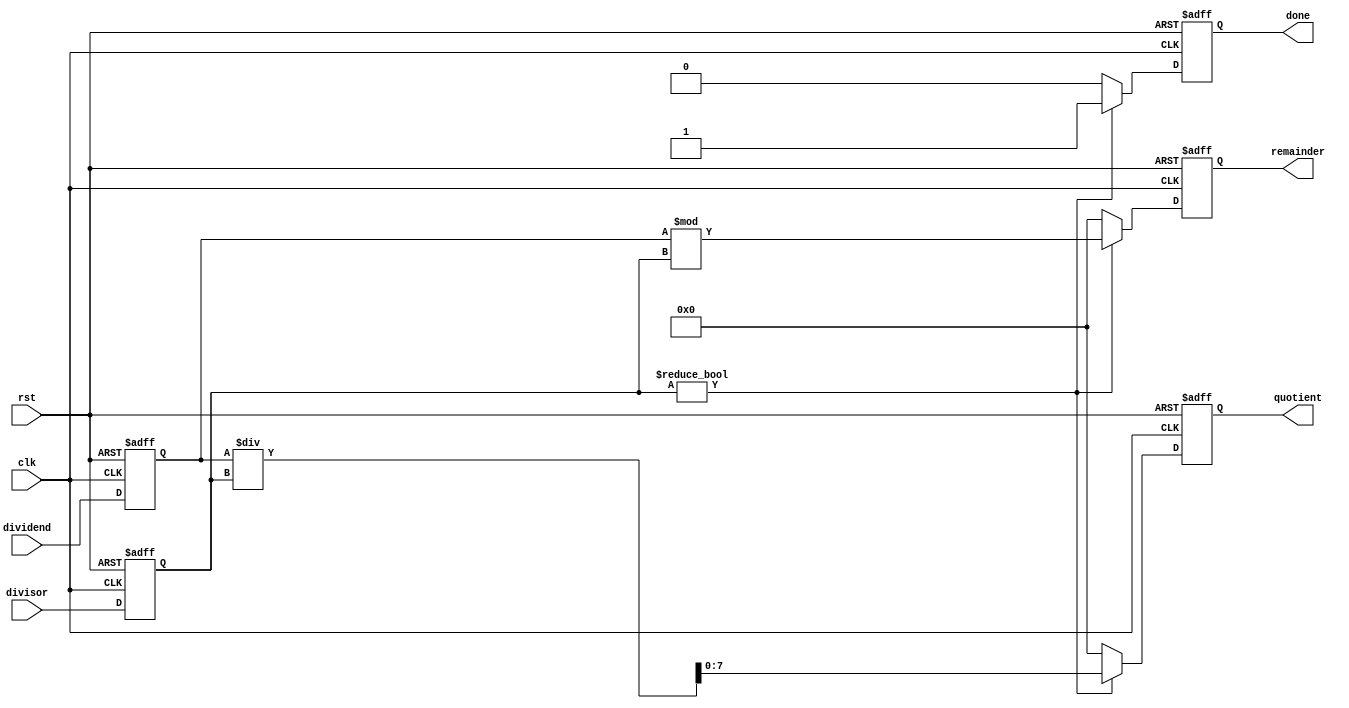
module divider (
    input wire clk,
    input wire rst,
    input wire [7:0] dividend,
    input wire [7:0] divisor,
    output reg [7:0] quotient,
    output reg [7:0] remainder,
    output reg done
);

reg [7:0] dividend_reg;
reg [7:0] divisor_reg;
reg [15:0] quotient_reg;
reg [7:0] remainder_reg;

always @(posedge clk or posedge rst) begin
    if (rst) begin
        dividend_reg <= 8'b0;
        divisor_reg <= 8'b0;
        quotient_reg <= 16'b0;
        remainder_reg <= 8'b0;
        done <= 1'b0;
    end else begin
        dividend_reg <= dividend;
        divisor_reg <= divisor;
        
        // Division
        if (divisor_reg != 8'b0) begin
            quotient_reg <= dividend_reg / divisor_reg;
            remainder_reg <= dividend_reg % divisor_reg;
            done <= 1'b1;
        end else begin
            quotient_reg <= 16'b0;
            remainder_reg <= 8'b0;
            done <= 1'b0;
        end
    end
end

assign quotient = quotient_reg[7:0];
assign remainder = remainder_reg;

endmodule